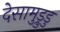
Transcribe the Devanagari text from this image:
देसामुड्रुडु